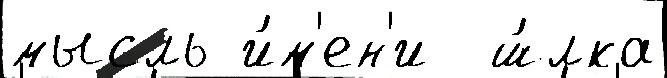
мысль и́м'ен'и  ш́лка